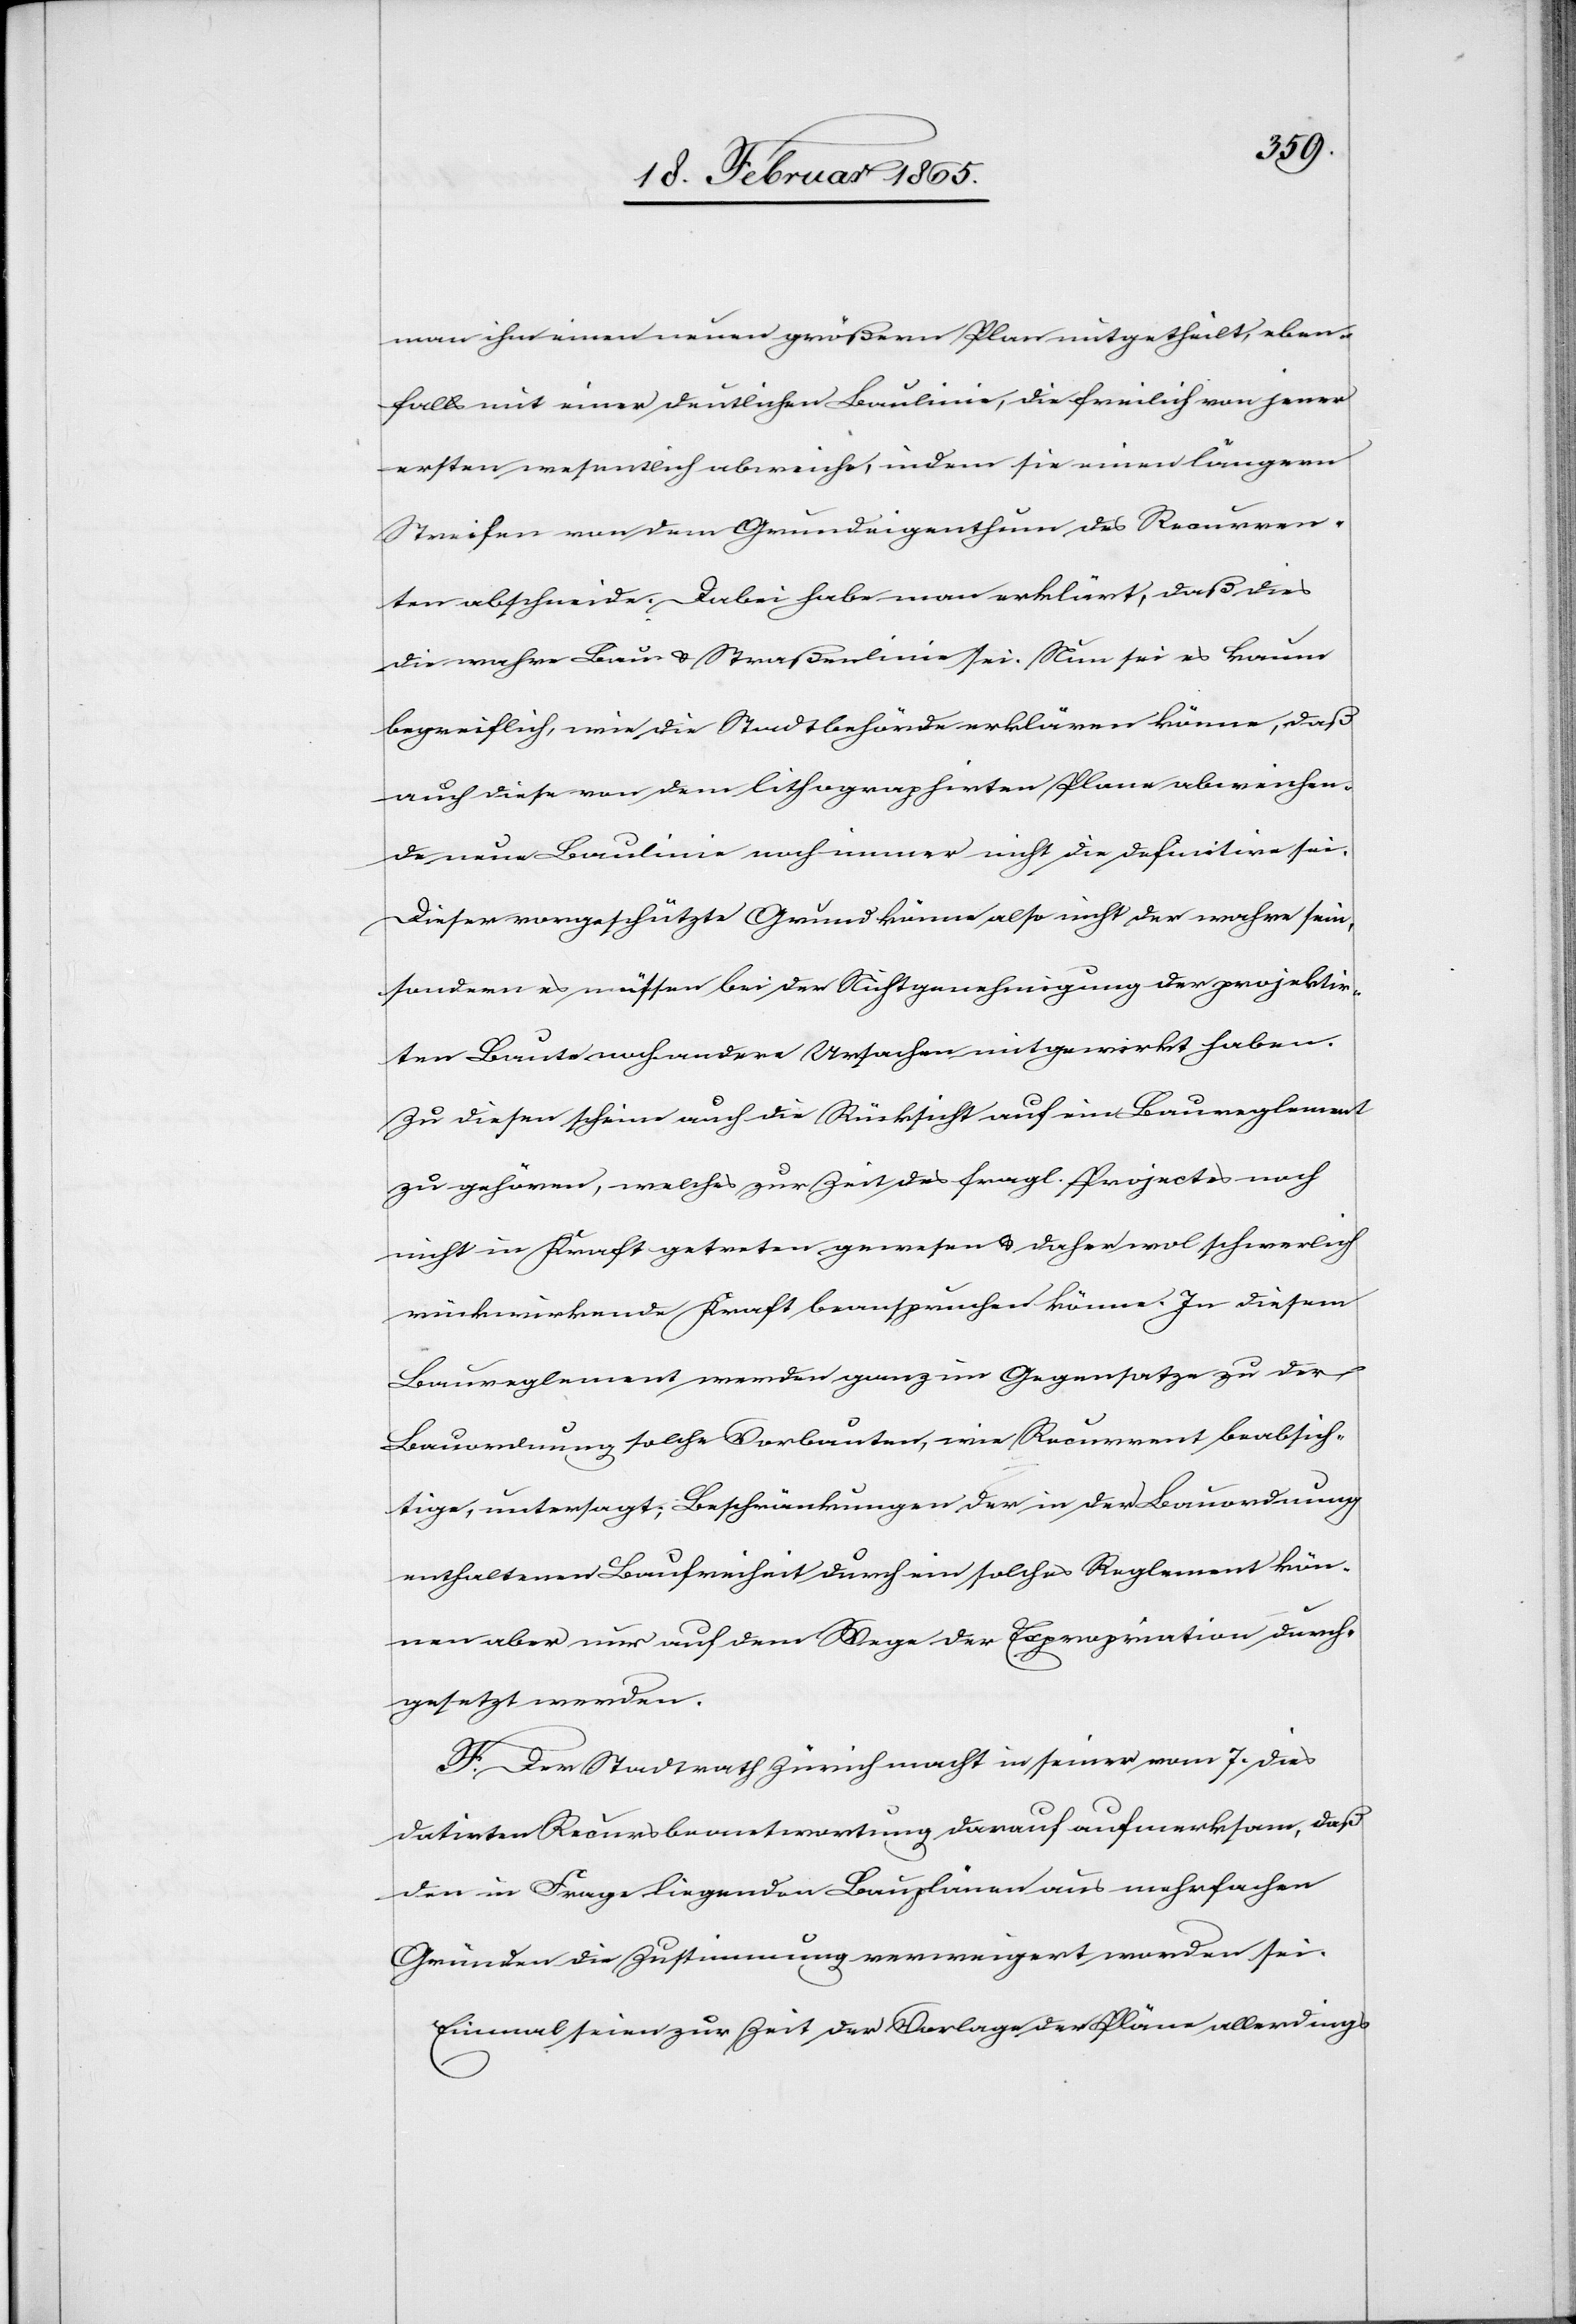
man ihm einen neuen größern Plan mitgetheilt, eben¬
falls mit einer deutlichen Baulinie, die freilich von jener
ersten wesentlich abweiche, indem sie einen längern
Streifen von dem Grundeigenthum des Recurren¬
ten abschneide. Dabei habe man erklärt, daß dies
die wahre Bau- u. Straßenlinie sei. Nun sei es kaum
begreiflich, wie die Stadtbehörde erklären könne, daß
auch diese von dem lithographirten Plane abweichen¬
de neue Baulinie noch immer nicht die definitive sei.
Dieser vorgeschützte Grund könne also nicht der wahre sein,
sondern es müssen bei der Nichtgenehmigung der projektir¬
ten Baute noch andere Ursachen mitgewirkt haben.
Zu diesen scheine auch die Rücksicht auf ein Baureglement
zu gehören, welches zur Zeit des fragl. Projectes noch
nicht in Kraft getreten gewesen u. daher wol schwerlich
rückwirkende Kraft beanspruchen könne. In diesem
Baureglement werden ganz im Gegensatze zu der
Bauordnung solche Vorbauten, wie Recurrent beabsich¬
tige, untersagt; Beschränkungen der in der Bauordnung
enthaltenen Baufreiheit durch ein solches Reglement kön¬
nen aber nur auf dem Wege der Expropriation durch¬
gesetzt werden.
F. Der Stadtrath Zürich macht in seiner vom 7. dies
datirten Recursbeantwortung darauf aufmerksam, daß
den in Frage liegenden Bauplänen aus mehrfachen
Gründen die Zustimmung verweigert worden sei.
Einmal seien zur Zeit der Vorlage der Pläne allerdings